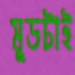
মুডটাই